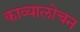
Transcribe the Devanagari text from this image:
काव्यालोचन